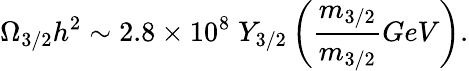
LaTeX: \Omega_{3/2}h^{2}\sim 2.8\times 10^{8}\; Y_{3/2}\left(\frac{m_{3/2}}{m_{3/2}}{GeV}\right).